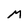
Character: M